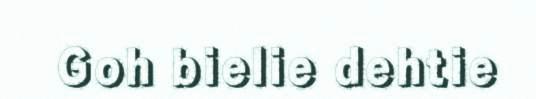
Goh bielie dehtie